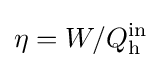
\eta =W/Q_{\text{h}}^{\text{in}}